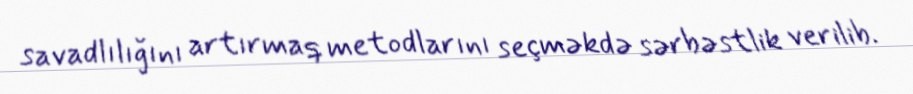
savadlılığını artırmaq metodlarını seçməkdə sərbəstlik verilib.